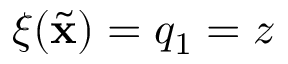
\xi ( \ensuremath { { \widetilde { \mathbf { x } } } } ) = q _ { 1 } = z